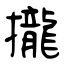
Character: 攏